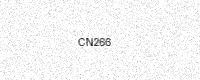
Text: CN266